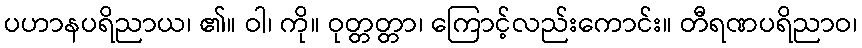
ပဟာနပရိညာယ၊ ၏။ ဝါ၊ ကို။ ဝုတ္တတ္တာ၊ ကြောင့်လည်းကောင်း။ တီရဏပရိညာဝ၊